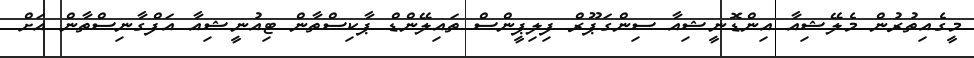
މީގެއިތުރުން މެލޭޝިއާ އިންޑޮނީޝިއާ ސިންގަޕޫރް ފިލިޕީންސް ތައިލޭންޑް ޕާކިސްތާން ޓިއުނީޝިއާ އަފްގާނިސްތާން އަށް